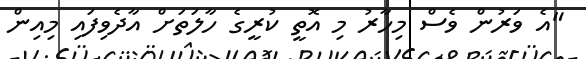
"އެ ވަރުން ވެސް މިހާރު މި އޮތީ ކުރީގެ ހާލަތަށް އާދެވިފައި މިއިން